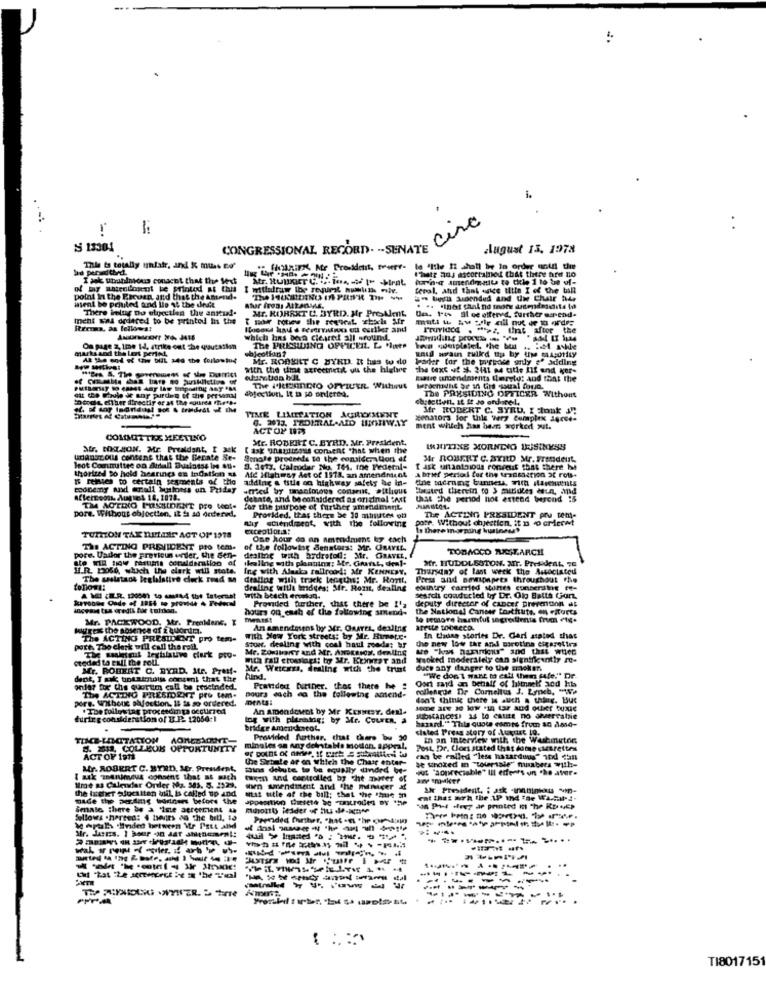
1.
circ
..
S 13301
CONGRESSIONAL RECORD. .. SENATE
august 13, 1978
ha perdthed.
This ta totally unfair, and & mutas to'
le "hile 12 shall be in order until the
Ihate aus ascertained that there hre no
I jak uhohilnious consent that the Mex$
of my materilosent ke printed at this
point i the Preven, and that the amend.
wsent be printed aund lis 1& the deitt
3. buena Suended and Uwe Chair hte
There inlug Do elacilen the antud-
atur fres: Attanans.
Mr. ROBERT C. BYRD. Mr PreMent.
meht was ordered to be printed in the
T now rotew the request, which Afr
De. 14> al ge offered, further warend.
muti & Au pole ail nut de to ordre
Rtrens, as follows!
PruYIOc4 . ">z, that after the
Which bins been Cleared all around.
marksand the Los period
On page z, Ime Id, strike out che quucasin
The PRESSIDING OFFICERL. L. "ute
anul wrain tuikd ttu by uise caasorty
At the end of this bill and the forlowtut
Mr. ROBERT C BYRD. It has to do
Poder tor the tourpace gely e" adding
with the time agreetietit out the higlire
the text of sf. 3441 a4 title IIf end Ker-
Batre amendments flerety: and that the
The i'llpinnDro OPYIUER Without
The PRESIDING OFFICER Without
oddle dther dinsctif or at the coures mir ...
Mr ROBERT C. SYRU. I tonk in
TIME LIMITATION ACHILEYSENT
5. 2013. PRDETIAL-AID HISTIWAY
senator3 for thle "Wery Complex agree-
ACT OF 17
ment which has been worked out.
COMMITTEE MEETING
Mr. ROBERT C. BYRD. Mr. President,
Str. NXT.MON. Mr. Preaidant, [ Mek
[ ask unabisous consent "hat when the
INITINE MORNDIG BUSINESS
unaDULCIS content that the Becate Se-
Sonole proceeds to the consideration of
Mr ROBERT C. ARILD Mr. FrASSdelrt.
leot Commuttee on Airlull Business ins su. 9. 1613. Calnidar Nu, 161. the Pedemnl-
thorized po held hearings en Indation as
T ask unantgious Fondest that there be
Is remsies to certain segments of tho
Afc Habeny Act of 1973. an amendment
adding e title on highway safety ae in-
Abrief period for the transaction of rots+
economy and anall kustomss un Puday
med by manimous conarnt, attlious "tested therein co 3 minutes Mun, and
Afternoon, Auquel 18, 1078.
dekate, and be considered as original :Mit
that the penod not extend werend 15
pore. Without obloctien, it is ad ordered,
TM ACTINO POISIDENT pro WOOL-
for the purpose of further amendment
thy stendiment, with the following
Provided. that there be 30 minutes of
pore. Without ohjeetien, it 1 0 CMerwt
The ACTING PRESIDENT Pru tem-
exceptions:
Is there inorping business
TURION TAX DETHEY ACT OF 1978
One hour da an amendment ky each
THE ACTING PREVICENT Pro tem.
of the following Senators: Mr. ORAVIL.
TOBACCO SUCHT.ARCH
pore. Uador the previoun under, the Sen-
dealing with ardretod: Mr. GRAVEL,
skallne with planing: Ifr. Grart, deal-
Mr. HUDDLESTON. ATT. President, TE
HI.R. 12050, which the clark will state.
Ing with Alaska rollrood: Mr KENNENY.
Thursday of last week the Associated
The assistant legislative clerk round m
dealing with track lengths: Mr. Ront,
totomi:
dealing with indeest Mir. Rom, dealing
wwith beach eroman.
.
searchi conducted by Dr. Olo Batta Gjort,
deputy director of cancer prevention at
hours on each of the following amend.
Provided further, that there be !'a
the National Cancer Ensthuts. en efforts
Mr. PACKWOOD. Mr. Prealene. I
to semore harmful segretients (na etg.
Midtre the nosence of z quordr.
An amendesens by Mr. Guarri, dealine areste tobacco.
The ACTING PRESIDENT pro tem-
with New York streets: by Mr. Rimar.c.
the new low the and marotina cigaretira
In tiaune stories Dr. Cari stated that
port, The clark will call the reil.
Mr. Zonikany and Mr. Axocasos, dealing we "kas harinious" and that when
Stowr, dealing with coal haul roode; br
oteded to Pull the roll.
The maaletout legislative clark pro-
mia rall crosslagt; by Mr. Keiner and
Sraoked moderslely can significantly It-
Mr. ROBERT C. BYRD. ALE. PrMM !-
Mr. Wetcars. fraline with the trust
duce any danger to the Eroken.
hund.
Oort said on behalf of himself and his
"We don't want to edil them cafe."" De.
onlar for the quortim call be crocinded.
Pratide further. thor there he :
rollengoe Dr Cornelius J. Lynch, "Ne
pors. without safection, IL ts so ordered.
The ACTING PRESIDENT pro tem-
pours each do the following amend-
ments:
don't think there is such a thing. Lue
.The following proceedings occurred
An amendosent by Mr KENNEDY. denl-
during consideration of I P- 12050-1
log with planning; by Mr. CourEn. a
substances) :as lo cate no herrralzie
hazard. " This quote comes from an daso-
bridge americantot.
ciated Press story of lugnet 10.
TIME-LIMITATION
Provided Ather. that there bou 30
in an interview with the Washington
212 COLLEOK
minales on Any deintake modon. appral,
Post, Dr. Clons stated that dome ciesrettes
ACT OF 1918
the Sorbate Ar on Which the Chair enter-
can be roiled "less hazardous" and Can
se Shoted in "Tolertale" numbers with-
Mr. ROBERT C. BYRD, Mr. President,
mins debute to be equally divided be-
Jut "aopreciable" ILL efforts un "he aver.
I ask meruimeus consens that at such
them and controlled by che myrer of
Ume s Calendar Ortler Mz Mas. S. 1129.
the larcher educsiten buil Is called up and
when sendment and the manager it
Ur President, i ask -innimou in.
made the perdiis portners before the
Mat utle of the bill; that the ' m
Senate there be a 'Ime Jeretiens 4
moholtty jedder or hu de-agame
fellows .herted: 4 bents as the bill, to
y arat .Inded between Me Patt anid
------
--
----
-
TI801715